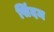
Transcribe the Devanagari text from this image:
सिंदम